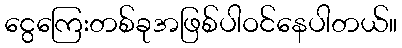
ငွေကြေးတစ်ခုအဖြစ်ပါဝင်နေပါတယ်။